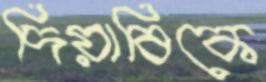
দিয়াবিকে